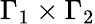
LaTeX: \Gamma_{1}\times\Gamma_{2}